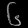
Digit: ၆